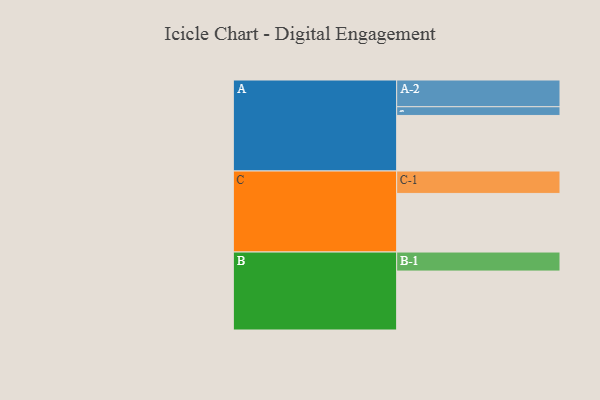
{"axis": {"x": "Segment", "y": "Value"}, "legend": ["", "A", "B", "C"], "data": [{"x": "A", "y": 528, "type": ""}, {"x": "B", "y": 560, "type": ""}, {"x": "C", "y": 557, "type": ""}, {"x": "A-1", "y": 83, "type": "A"}, {"x": "A-2", "y": 254, "type": "A"}, {"x": "B-1", "y": 181, "type": "B"}, {"x": "C-1", "y": 213, "type": "C"}]}